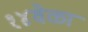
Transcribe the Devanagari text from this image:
१४वेळा